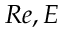
R e , E